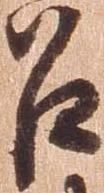
召